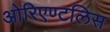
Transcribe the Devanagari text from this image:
ओरिएण्टलिस